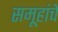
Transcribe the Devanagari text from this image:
समूहांचे